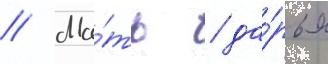
// Ма́ть / да́рья